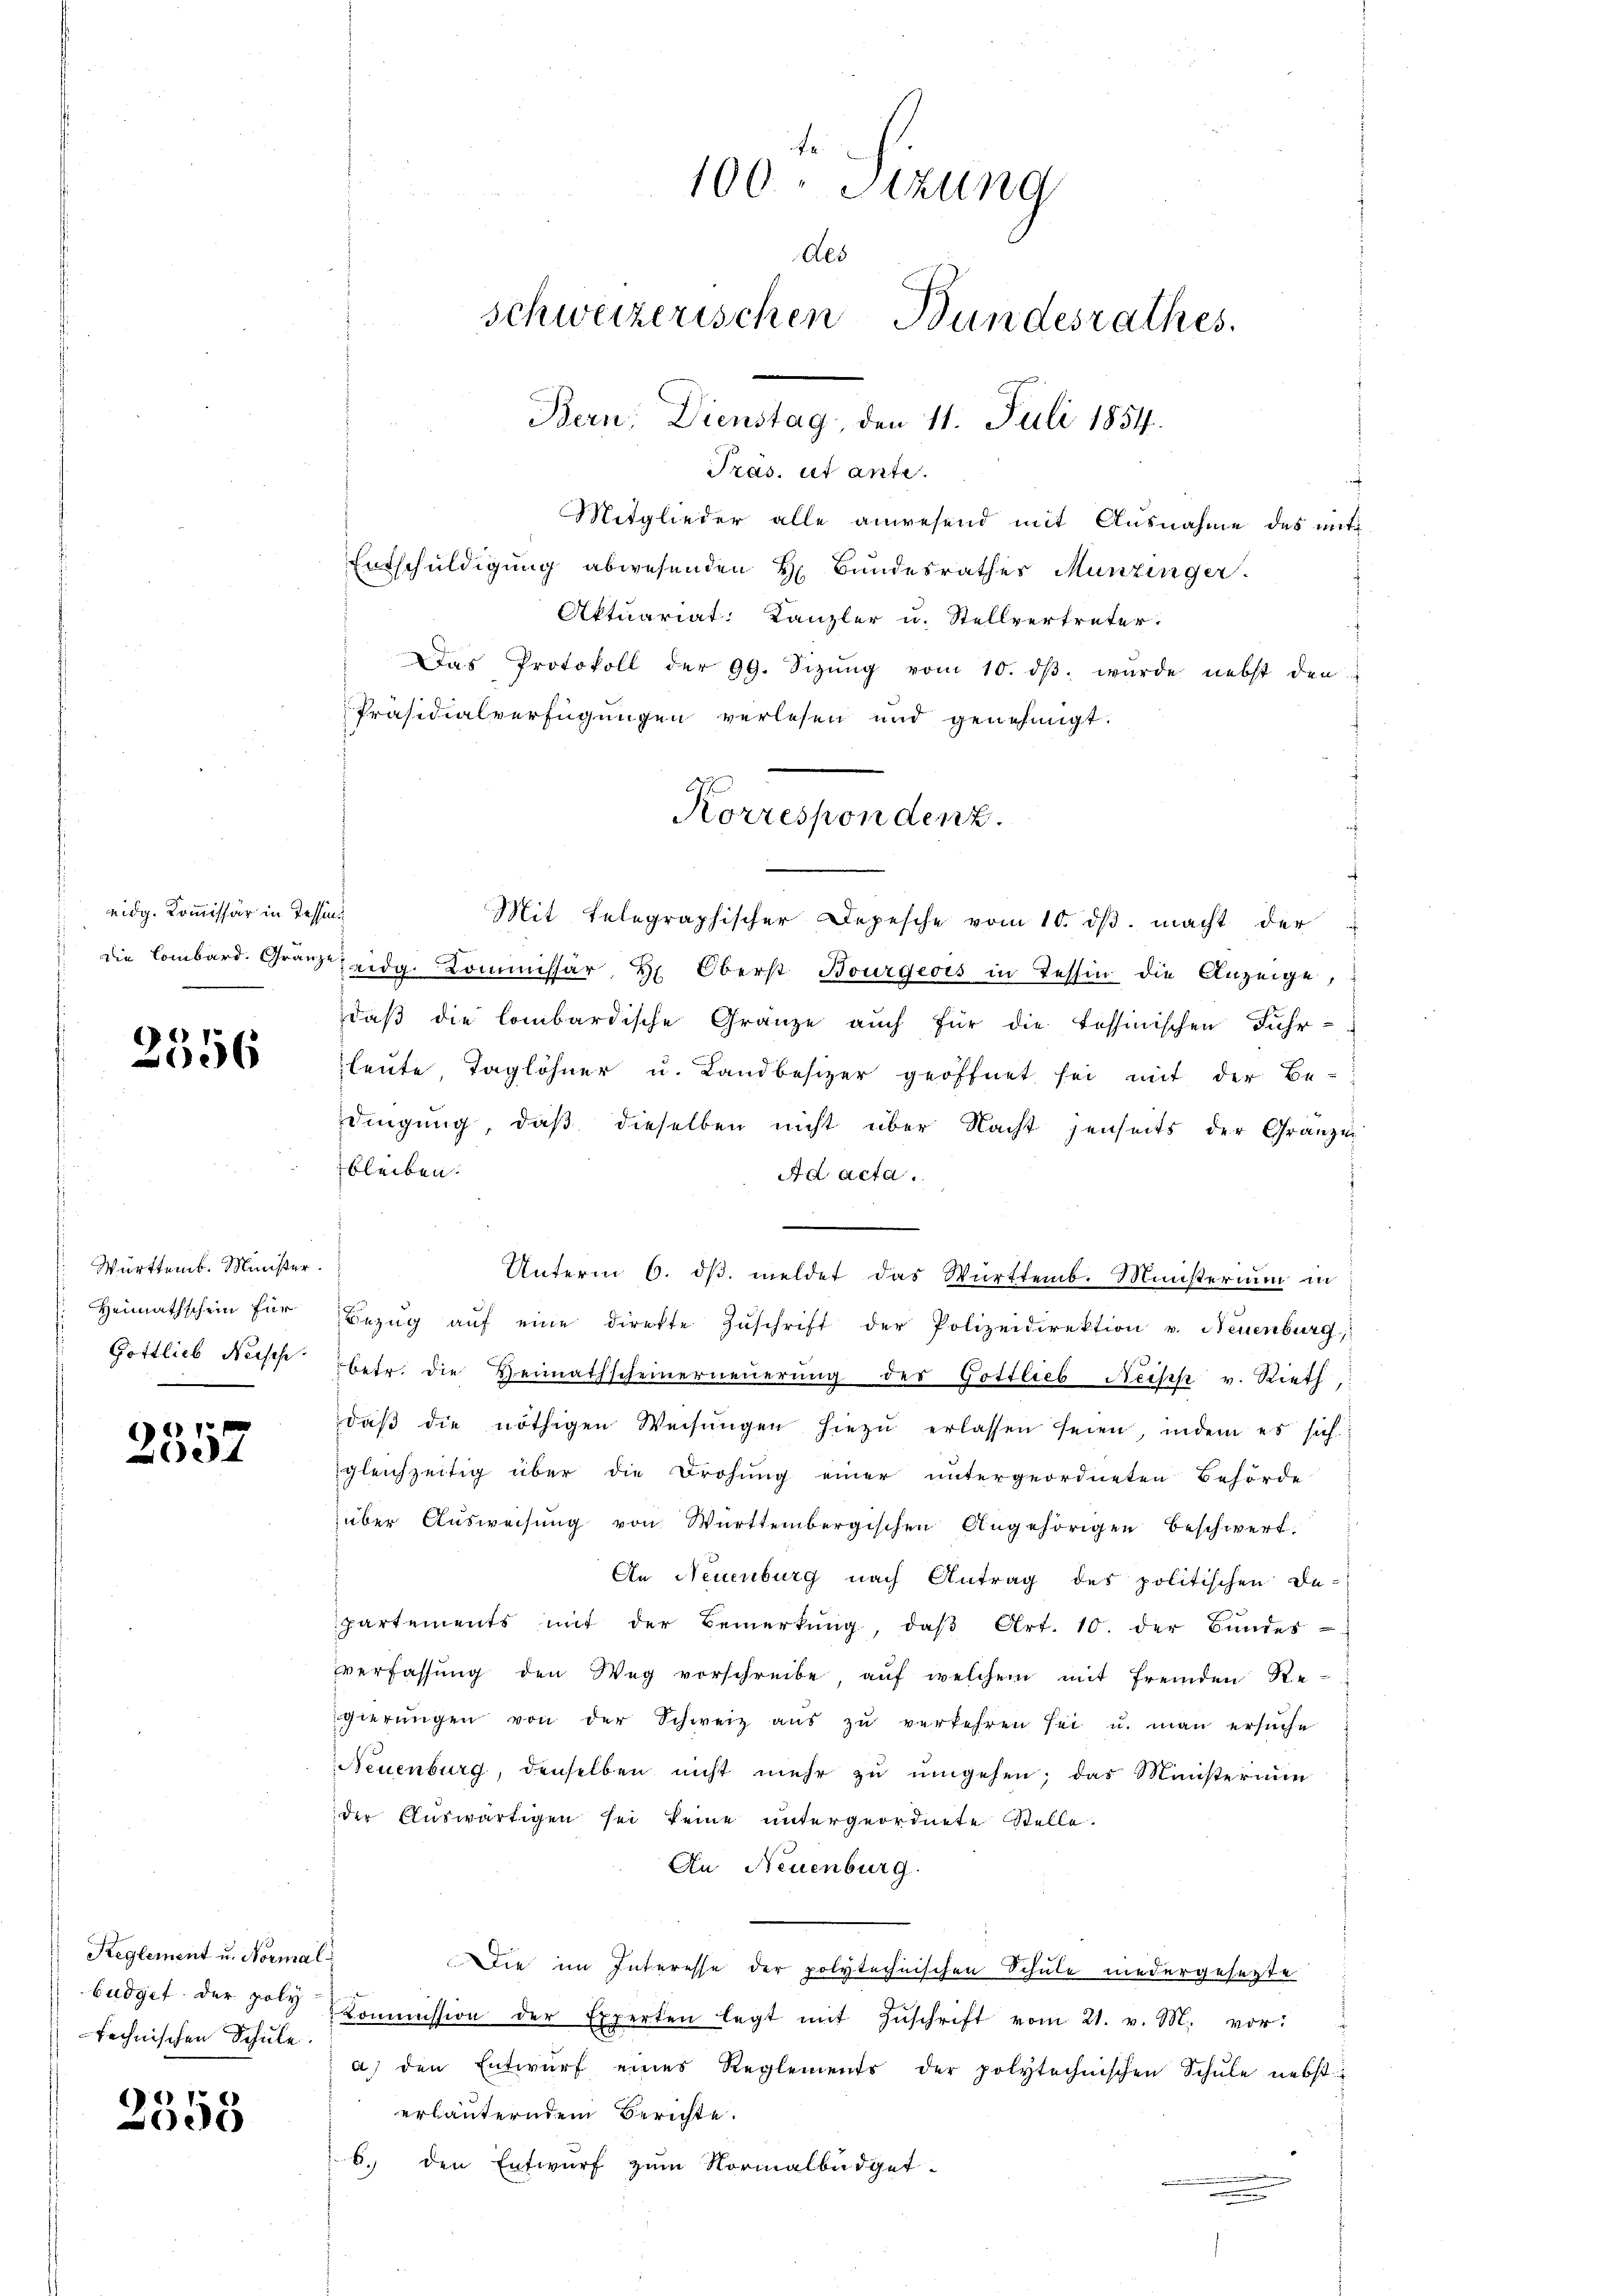
eidg. Kommissär in Tessins

2556

Württemb. Minister.

)
057

Reglement u. Normal
technischen Schule.

2558

Pras. ist ante.
Mitglieder alle anwesend mit Ausnahme des mit¬
Entschuldigung abwesenden H. Bundesrathes Munzinger.
Aktuariat: Kanzler u. Stellvertreter.
Das Protokoll der 99. Sizŭng vom 10. dβ wŭrde nebst den
Präsidialverfügungen verlesen und genehmigt.
Mit Telegraphischer Depesche vom 10. dβ. macht der
die Combard. Gränze eidg. Kommissär, Hr. Oberst Bourgeois in Tessin die Anzeige,
daß die lombardische Gränze auch für die Tessinischen Fuhrleute Taglöhner u. Landbesizer geöffnet sei mit der Be-
dingung, daß dieselben nicht über Nacht jenseits der Granzei
bleiben.
Ad acta.
Unterm 6. dβ. meldet das Württemb. Ministerium in
Heimathschein für Bezŭg aŭf eine direkte Zŭschrift der Polizeidirektion u. Neuenburg,
Gottlieb Neiss betr. die Heimathscheinerneŭerŭng der Gottlieb Reisch v. Rieth,
daβ die nöthigen Weisŭngen hiezŭ erlassen seien, indem es sich.
gleichzeitig über die Drohŭng einer untergeordneten Behörde
über Ausweisung von Württembergischen Angehörigen beschwert.
An Neuenburg nach Antrag des politischen De-
partements mit der Bemerkŭng, daβ Art. 10. der Bŭndesverfassŭng den Weg vorschreibe, aŭf welchem mit fremden Regierŭngen von der Schweiz aŭs zŭ verkehren sei u. man ersŭche
Neuenburg, denselben nicht mehr zŭ ŭmgehen; das Ministerium
der Auswärtigen sei keine untergeordnete Stelle.
An Neuenburg.
Ddie im Interesse der polytechnischen Schule niedergesezte
budget der poly Commission der Experten legt mit Zŭschrift vom 21. v. M. vor:
a) den Entwŭrf eines Reglements der polytechnischen Schŭle nebst
erläuterndem Berichte.
b. den Entwurf zum Normalbüdget-

t
100. Sitzung
Aes
schweizerischen Bundesrathes
Bern, Dienstag, den 11. Juli 1854.

Korrespondenz.